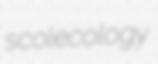
scolecology